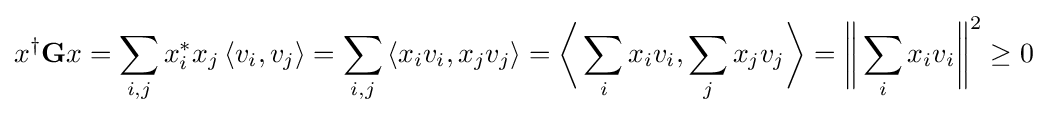
x^{\dagger }\mathbf {G} x=\sum _{i,j}x_{i}^{*}x_{j}\left\langle v_{i},v_{j}\right\rangle =\sum _{i,j}\left\langle x_{i}v_{i},x_{j}v_{j}\right\rangle ={\biggl \langle }\sum _{i}x_{i}v_{i},\sum _{j}x_{j}v_{j}{\biggr \rangle }={\biggl \|}\sum _{i}x_{i}v_{i}{\biggr \|}^{2}\geq 0